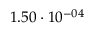
1 . 5 0 \cdot 1 0 ^ { - 0 4 }